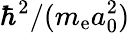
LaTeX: \hbar^{2}/(m_{\mathrm{e}}a_{0}^{2})